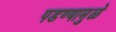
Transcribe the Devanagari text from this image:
पडण्यामुळे